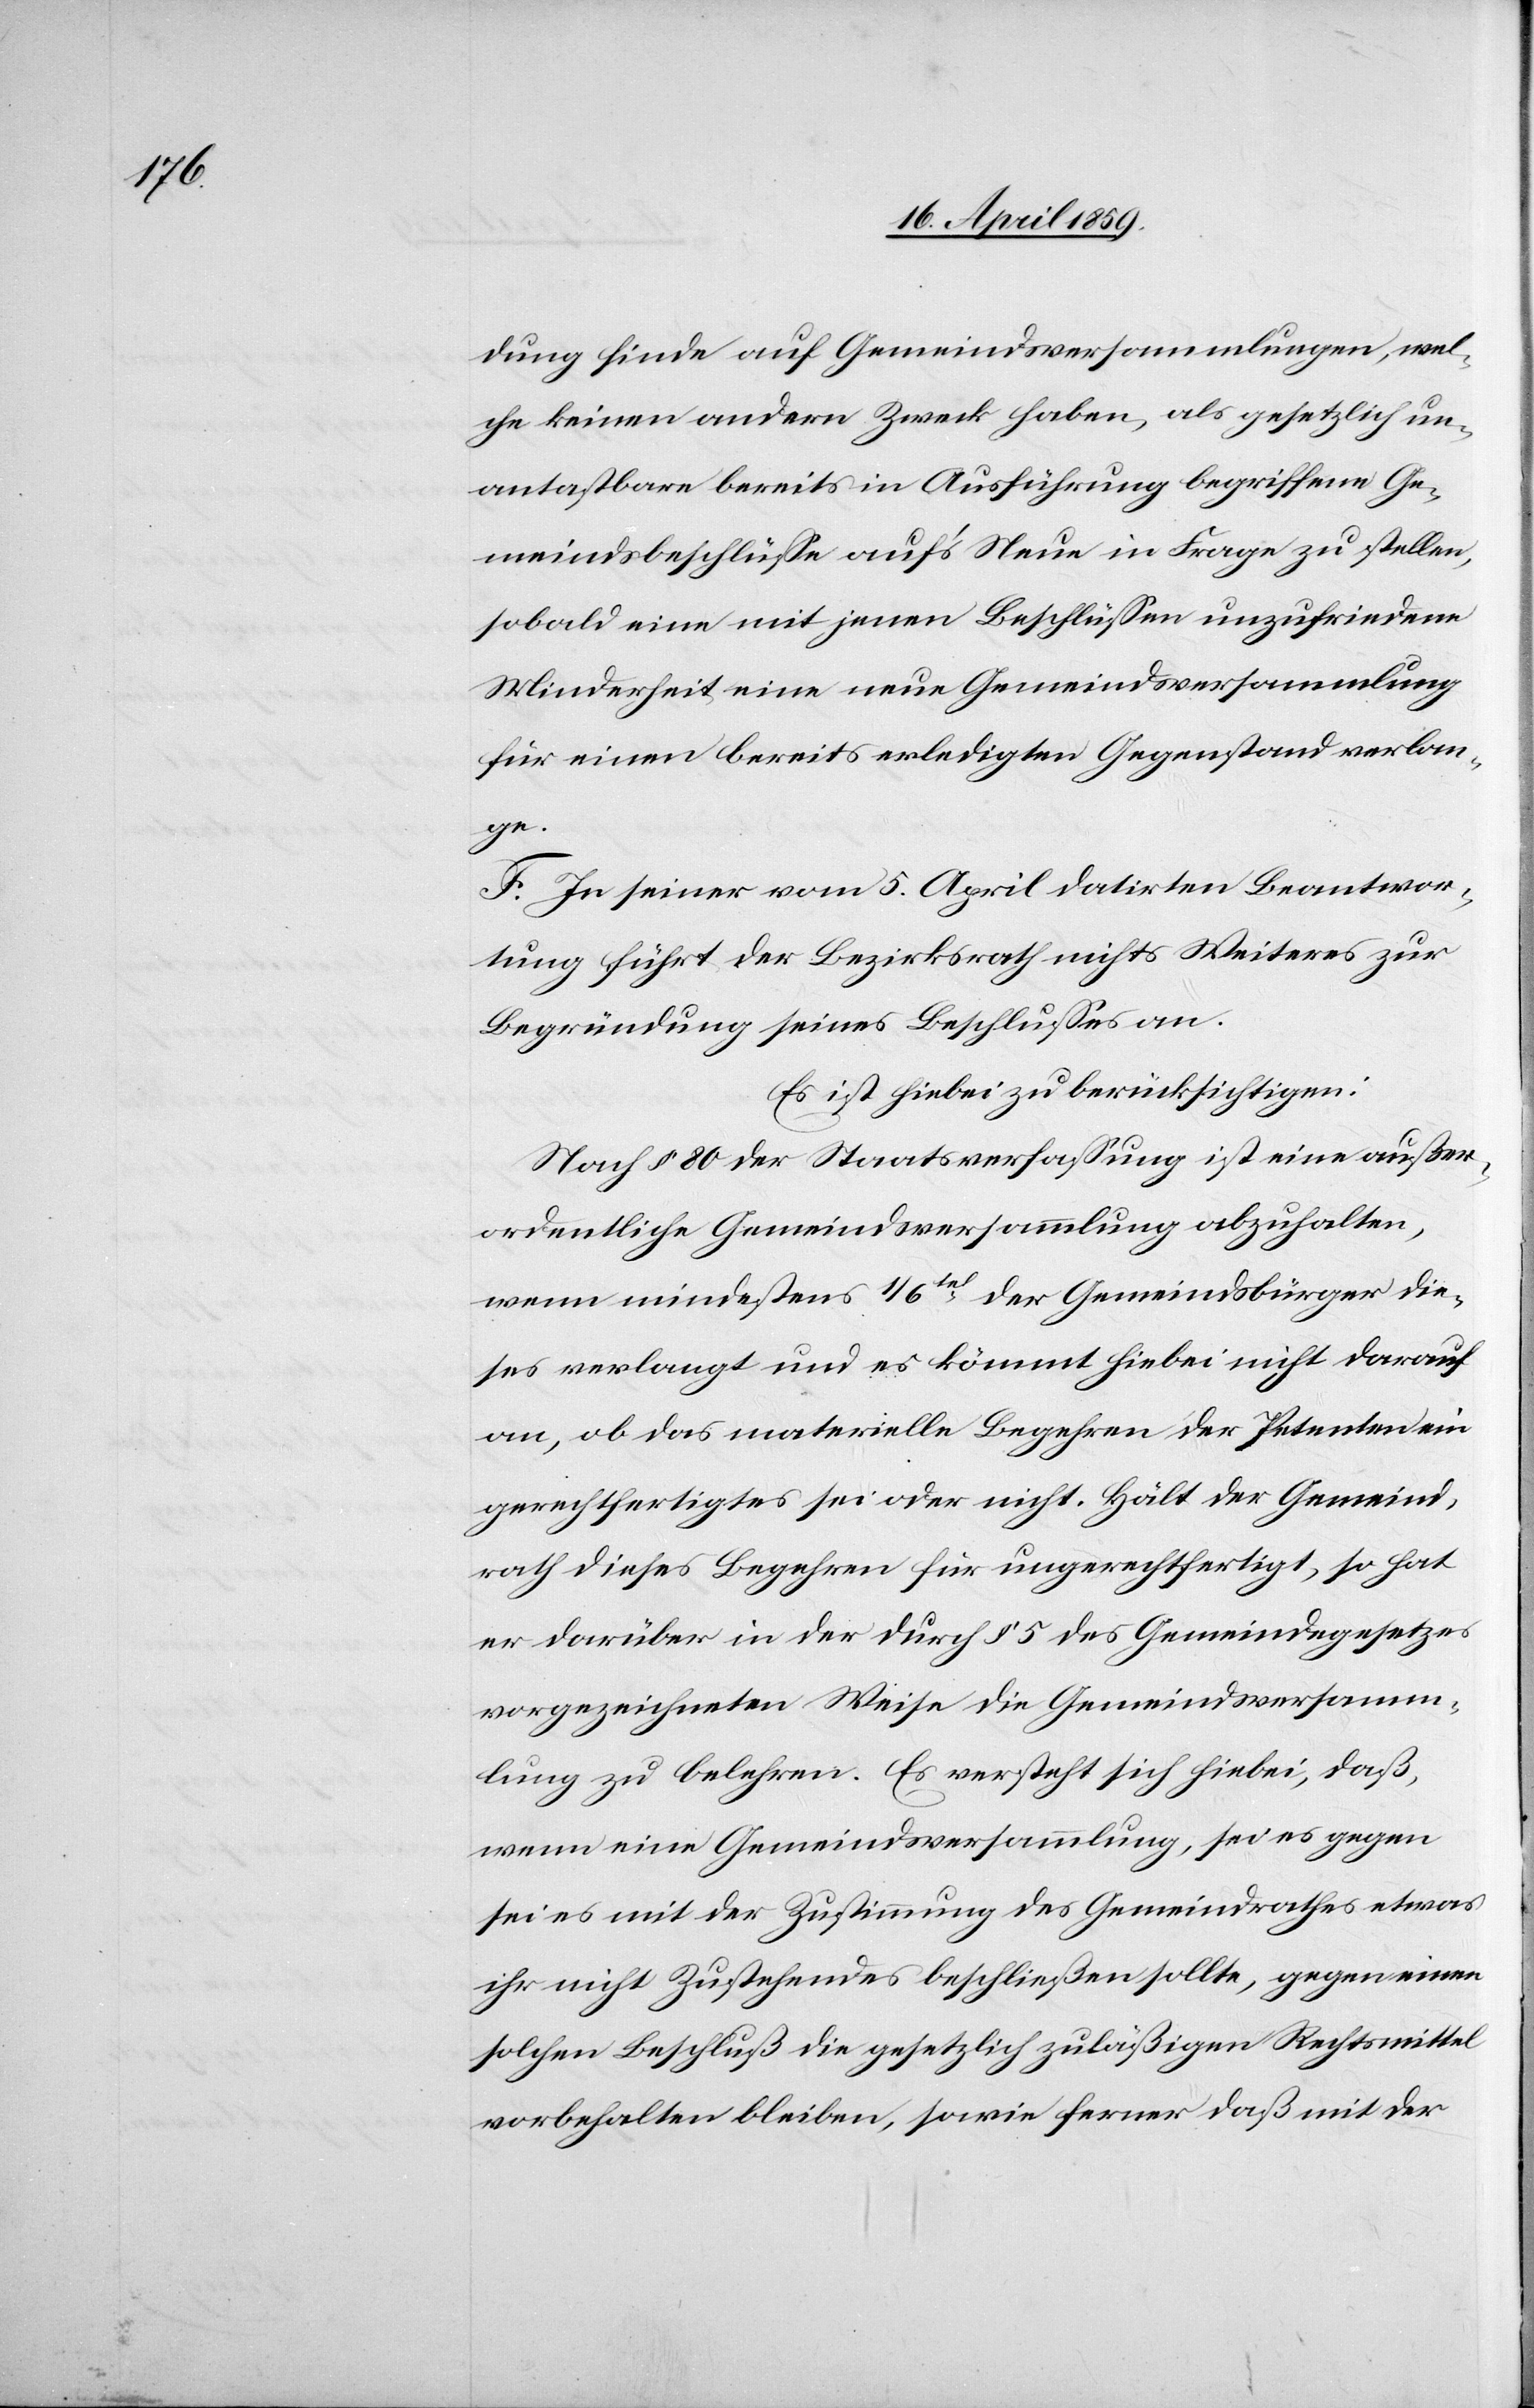
dung finde auf Gemeindsversammlungen, wel¬
che keinen andern Zweck haben, als gesetzlich un¬
antastbare bereits in Ausführung begriffene Ge¬
meindsbeschlüße auf’s Neue in Frage zu stellen,
sobald eine mit jenen Beschlüßen unzufriedene
Minderheit eine neue Gemeindsversammlung
für einen bereits erledigten Gegenstand verlan¬
ge.
F. In seiner vom 5. April datirten Beantwor¬
tung führt der Bezirksrath nichts Weiteres zur
Begründung seines Beschlußes an.
Es ist hiebei zu berücksichtigen:
Nach § 80 der Staatsverfaßung ist eine außer¬
ordentliche Gemeindsversammlung abzuhalten,
wenn mindestens 1/6tel der Gemeindsbürger die¬
ses verlangt und es kömmt hiebei nicht darauf
an, ob das materielle Begehren der Petenten ein
gerechtfertigtes sei oder nicht. Hält der Gemeind¬
rath dieses Begehren für ungerechtfertigt, so hat
er darüber in der durch § 5 des Gemeindegesetzes
vorgezeichneten Weise die Gemeindsversamm¬
lung zu belehren. Es versteht sich hiebei, daß,
wenn eine Gemeindsversammlung, sei es gegen
sei es mit der Zustimmung des Gemeindrathes etwas
ihr nicht Zustehendes beschließen sollte, gegen einen
solchen Beschluß die gesetzlich zuläßigen Rechtsmittel
vorbehalten bleiben, sowie ferner daß mit der